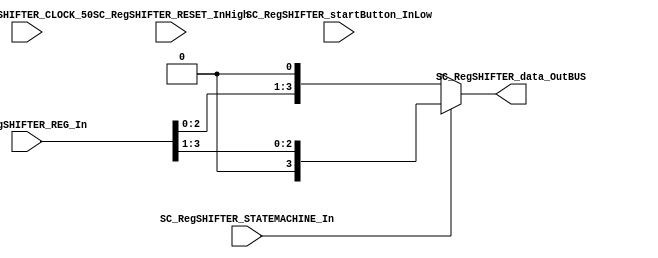
/*######################################################################
//#	G0B1T: HDL EXAMPLES. 2018.
//######################################################################
//# Copyright (C) 2018. F.E.Segura-Quijano (FES) fsegura@uniandes.edu.co
//# 
//# This program is free software: you can redistribute it and/or modify
//# it under the terms of the GNU General Public License as published by
//# the Free Software Foundation, version 3 of the License.
//#
//# This program is distributed in the hope that it will be useful,
//# but WITHOUT ANY WARRANTY; without even the implied warranty of
//# MERCHANTABILITY or FITNESS FOR A PARTICULAR PURPOSE.  See the
//# GNU General Public License for more details.
//#
//# You should have received a copy of the GNU General Public License
//# along with this program.  If not, see <http://www.gnu.org/licenses/>
//####################################################################*/
//=======================================================
//  MODULE Definition
//=======================================================
module SC_RegSHIFTER_ #(parameter RegSHIFTER_DATAWIDTH=4)(
    //////////// OUTPUTS //////////
    SC_RegSHIFTER_data_OutBUS,
    //////////// INPUTS //////////
    SC_RegSHIFTER_REG_In,
    SC_RegSHIFTER_STATEMACHINE_In,
    SC_RegSHIFTER_RESET_InHigh,
    SC_RegSHIFTER_startButton_InLow,
    SC_RegSHIFTER_CLOCK_50
);
//=======================================================
//  PARAMETER declarations
//=======================================================

//=======================================================
//  PORT declarations
//=======================================================
    output [RegSHIFTER_DATAWIDTH-1:0] SC_RegSHIFTER_data_OutBUS;
    input [RegSHIFTER_DATAWIDTH-1:0] SC_RegSHIFTER_REG_In;
    input SC_RegSHIFTER_STATEMACHINE_In;
    input SC_RegSHIFTER_CLOCK_50;
    input SC_RegSHIFTER_RESET_InHigh;
    input SC_RegSHIFTER_startButton_InLow;
//=======================================================
//  REG/WIRE declarations
//=======================================================
    reg [RegSHIFTER_DATAWIDTH-1:0] shift_reg; // Registro para almacenar el valor de entrada
	 

//=======================================================
//  Structural coding
//=======================================================
//INPUT LOGIC: COMBINATIONAL
always @(*) 
begin
        if (SC_RegSHIFTER_STATEMACHINE_In == 0)
            shift_reg = SC_RegSHIFTER_REG_In << 1;   
        else 
            shift_reg = SC_RegSHIFTER_REG_In >> 1;   
end 




    assign SC_RegSHIFTER_data_OutBUS = shift_reg;



endmodule